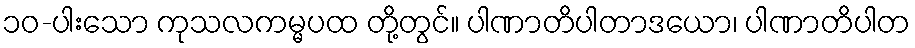
၁၀-ပါးသော ကုသလကမ္မပထ တို့တွင်။ ပါဏာတိပါတာဒယော၊ ပါဏာတိပါတ